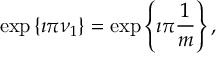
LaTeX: \exp \left\{ \imath \pi \nu _ { 1 } \right\} = \exp \left\{ \imath \pi \frac { 1 } { m } \right\} ,